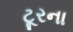
ટૂરના